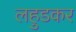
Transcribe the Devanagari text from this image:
लहुडकर